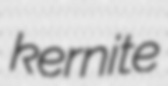
kernite